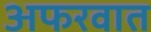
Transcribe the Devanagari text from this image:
अफरवात